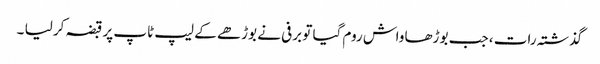
گذشتہ رات ، جب بوڑھا واش روم گیا تو برفی نے بوڑھے کے لیپ ٹاپ پر قبضہ کر لیا ۔